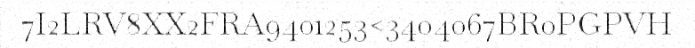
7I2LRV8XX2FRA9401253<3404067BR0PGPVH